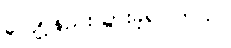
လျော့နည်းသွားခဲ့ရပါတယ်။